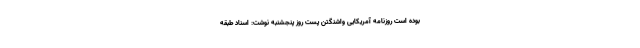
بوده است روزنامه آمریکایی واشنگتن پست روز پنجشنبه نوشت: اسناد طبقه